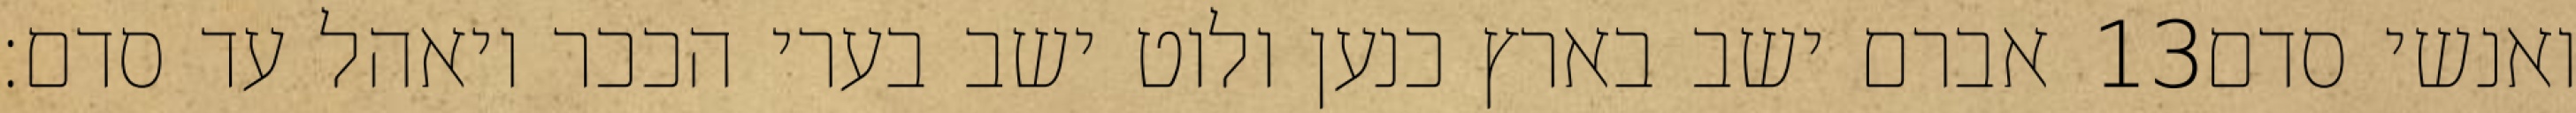
אברם ישב בארץ כנען ולוט ישב בערי הככר ויאהל עד סדם׃ ‎13‏ ואנשי סדם